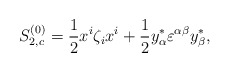
\begin{align*}S^{(0)}_{2,c}={1\over2}x^i\zeta_ix^i+{1\over2}y^*_\alpha\varepsilon^{\alpha\beta}y^*_\beta,\end{align*}